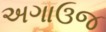
અગાઉજ